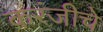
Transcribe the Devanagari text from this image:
करंजीचे